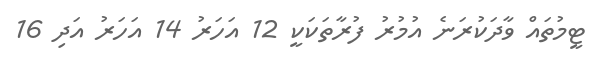
ޓީމުތައް ވާދަކުރަނެ އުމުރު ފުރާތަކަކީ 12 އަހަރު 14 އަހަރު އަދި 16